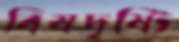
বিষদৃষ্টি